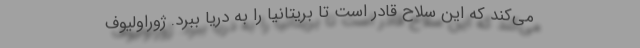
می‌کند که این سلاح قادر است تا بریتانیا را به دریا ببرد. ژوراولیوف